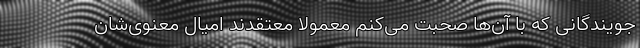
جویندگانی که با آن‌ها صحبت می‌کنم معمولاً معتقدند امیال معنوی‌شان